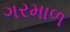
ગરમાળ